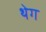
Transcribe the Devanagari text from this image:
थेग